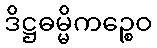
ဒိဋ္ဌဓမ္မိကဉ္စေဝ